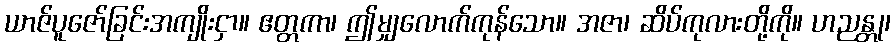
ယာဇ်ပူဇော်ခြင်းအကျိုးငှာ။ ဧတ္တကာ၊ ဤမျှလောက်ကုန်သော။ အဇာ၊ ဆိပ်ကုလားတို့ကို။ ဟညန္တု၊